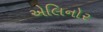
એલિનોર